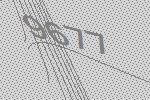
9677